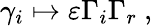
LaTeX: \gamma_{i}\mapsto\varepsilon\Gamma_{i}\Gamma_{r}~,